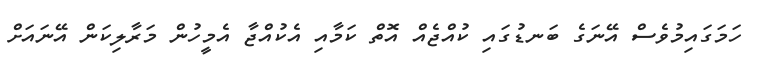
ހަމަގައިމުވެސް އޭނަގެ ބަނޑުގައި ކުއްޖެއް އޮތް ކަމާއި އެކުއްޖާ އެމީހުން މަރާލިކަން އޭނައަށް